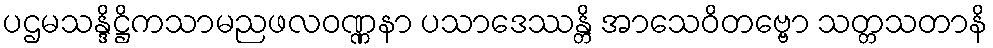
ပဌမသန္ဒိဋ္ဌိကသာမညဖလဝဏ္ဏနာ ပသာဒေဿန္တိ အာသေဝိတဗ္ဗော သတ္တသတာနိ